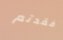
فقدتم